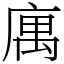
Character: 庽